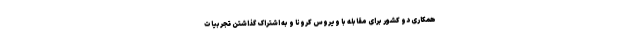
همکاری دو کشور برای مقابله با ویروس کرونا و به اشتراک گذاشتن تجربیات